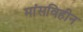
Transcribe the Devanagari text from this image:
मांसविहीन